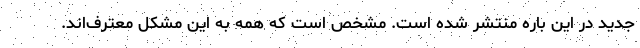
جدید در این باره منتشر شده است. مشخص است که همه به این مشکل معترف‌اند.